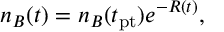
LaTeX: n _ { B } ( t ) = n _ { B } ( t _ { \mathrm { p t } } ) e ^ { - R ( t ) } ,